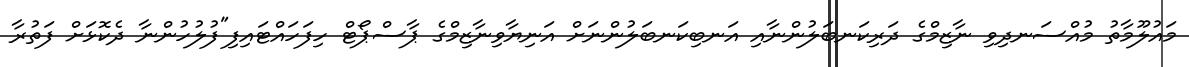
މައުލޫމާތު މުއްސަނދިވި ނާޒިމްގެ ދަރިކަނބަލުންނާއި އަނބިކަނބަލުންނަށް އަނިޔާވިނާޒިމްގެ ޕާސްޕޯޓް ހިފަހައްޓައިފި"ފުލުހުންނާ ދެކޮޅަށް ފަތުރާ